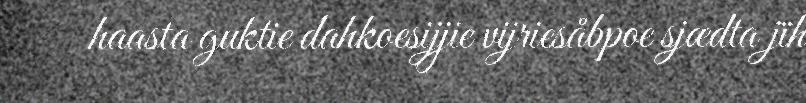
haasta guktie dahkoesijjie vijriesåbpoe sjædta jïh